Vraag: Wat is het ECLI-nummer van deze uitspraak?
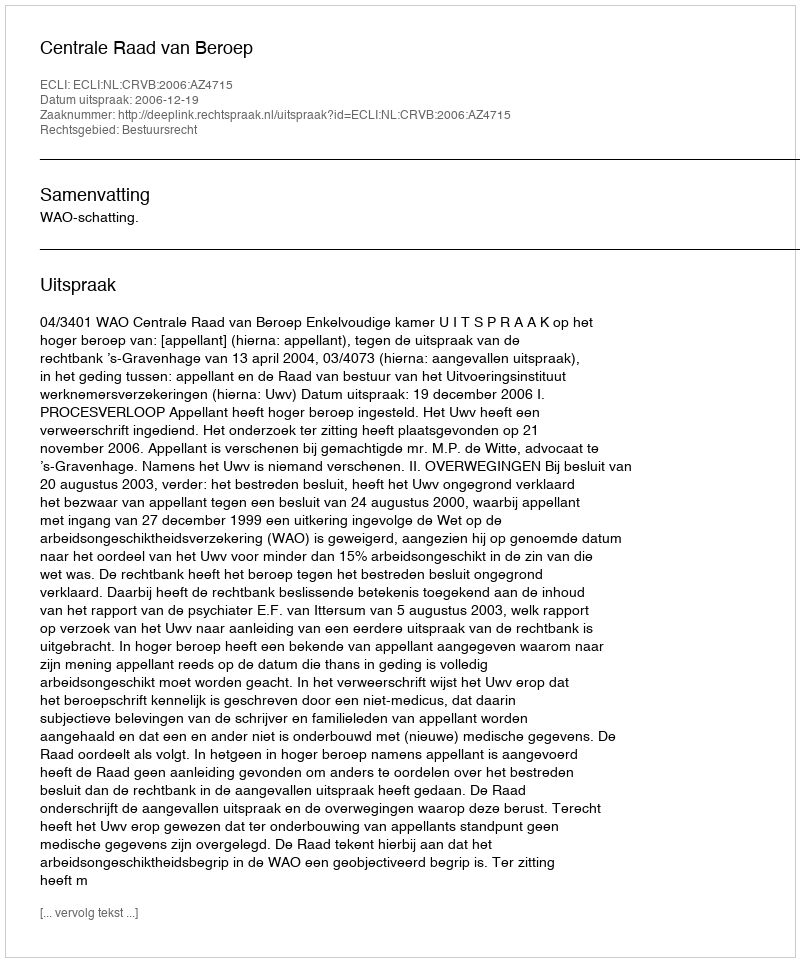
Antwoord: ECLI:NL:CRVB:2006:AZ4715